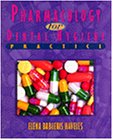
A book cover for Pharmacology for Dental Hygiene Practice (Dental Assisting Procedures); Elena B. Haveles; Medical Books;